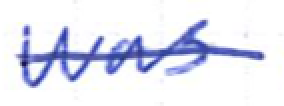
Text: was
Cross-out: single-line
Writing tool: ballpoint